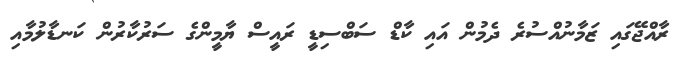
ރާއްޖޭގައި ޒަމާނުއްސުރެ ދެމުން އައި ކާޑް ސަބްސިޑީ ރައީސް ޔާމީންގެ ސަރުކާރުން ކަނޑާލުމާއި